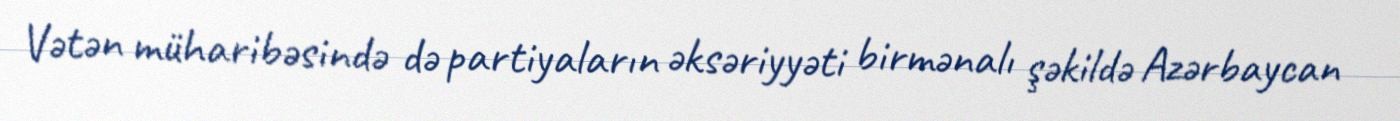
Vətən müharibəsində də partiyaların əksəriyyəti birmənalı şəkildə Azərbaycan